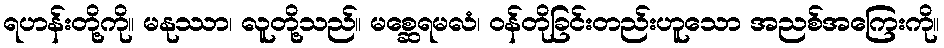
ရဟန်းတို့ကို။ မနုဿာ၊ လူတို့သည်။ မစ္ဆေရမလံ၊ ဝန်တိုခြင်းတည်းဟူသော အညစ်အကြေးကို။